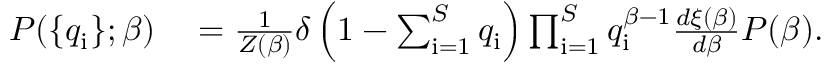
\begin{array} { r l } { P ( \{ q _ { \mathrm { i } } \} ; \beta ) } & { { } = \frac { 1 } { Z ( \beta ) } \delta \left( 1 - \sum _ { \mathrm { i = 1 } } ^ { S } q _ { \mathrm { i } } \right) \prod _ { \mathrm { i = 1 } } ^ { S } q _ { \mathrm { i } } ^ { \beta - 1 } \frac { d \xi ( \beta ) } { d \beta } P ( \beta ) . } \end{array}